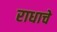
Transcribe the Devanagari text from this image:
राधाचे